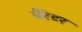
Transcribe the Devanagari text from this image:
बैरेटर